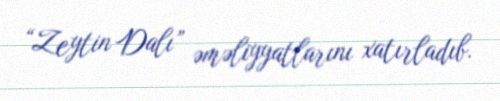
“Zeytin Dalı” əməliyyatlarını xatırladıb.